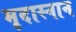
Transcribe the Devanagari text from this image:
मृदास्नान